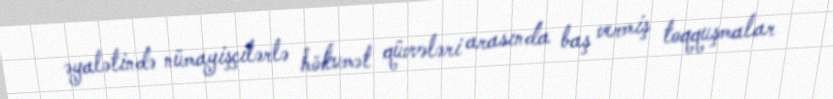
əyalətində nümayişçilərlə hökumət qüvvələri arasında baş vermiş toqquşmalar